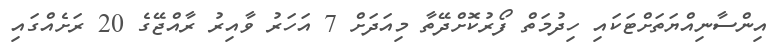
އިންސާނިއްޔަތަށްޓަކައި ހިދުމަތް ފޯރުކޮށްދޭތާ މިއަދަށް 7 އަހަރު ވާއިރު ރާއްޖޭގެ 20 ރަށެއްގައި